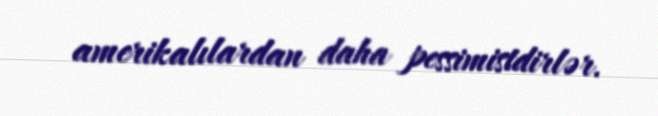
amerikalılardan daha pessimistdirlər.